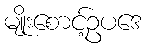
မျိုးစောင့်ဥပဒေ